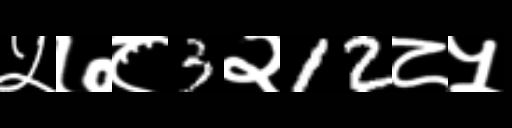
Text: ५७८3२12८५